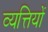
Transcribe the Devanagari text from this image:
व्यत्तियों